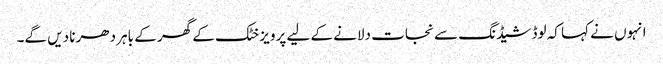
انہوں نے کہا کہ لوڈ شیڈنگ سے نجات دلانے کے لیے پرویز خٹک کے گھر کے باہر دھرنا دیں گے۔